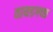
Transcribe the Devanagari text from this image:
वायडगच्छ